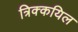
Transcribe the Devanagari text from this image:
त्रिक्कयिल